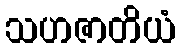
သဟဇာတိယံ